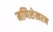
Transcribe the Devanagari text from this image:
मणिशेखरन